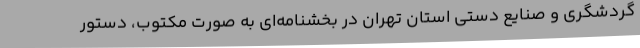
گردشگری و صنایع دستی استان تهران در بخشنامه‌ای به صورت مکتوب، دستور